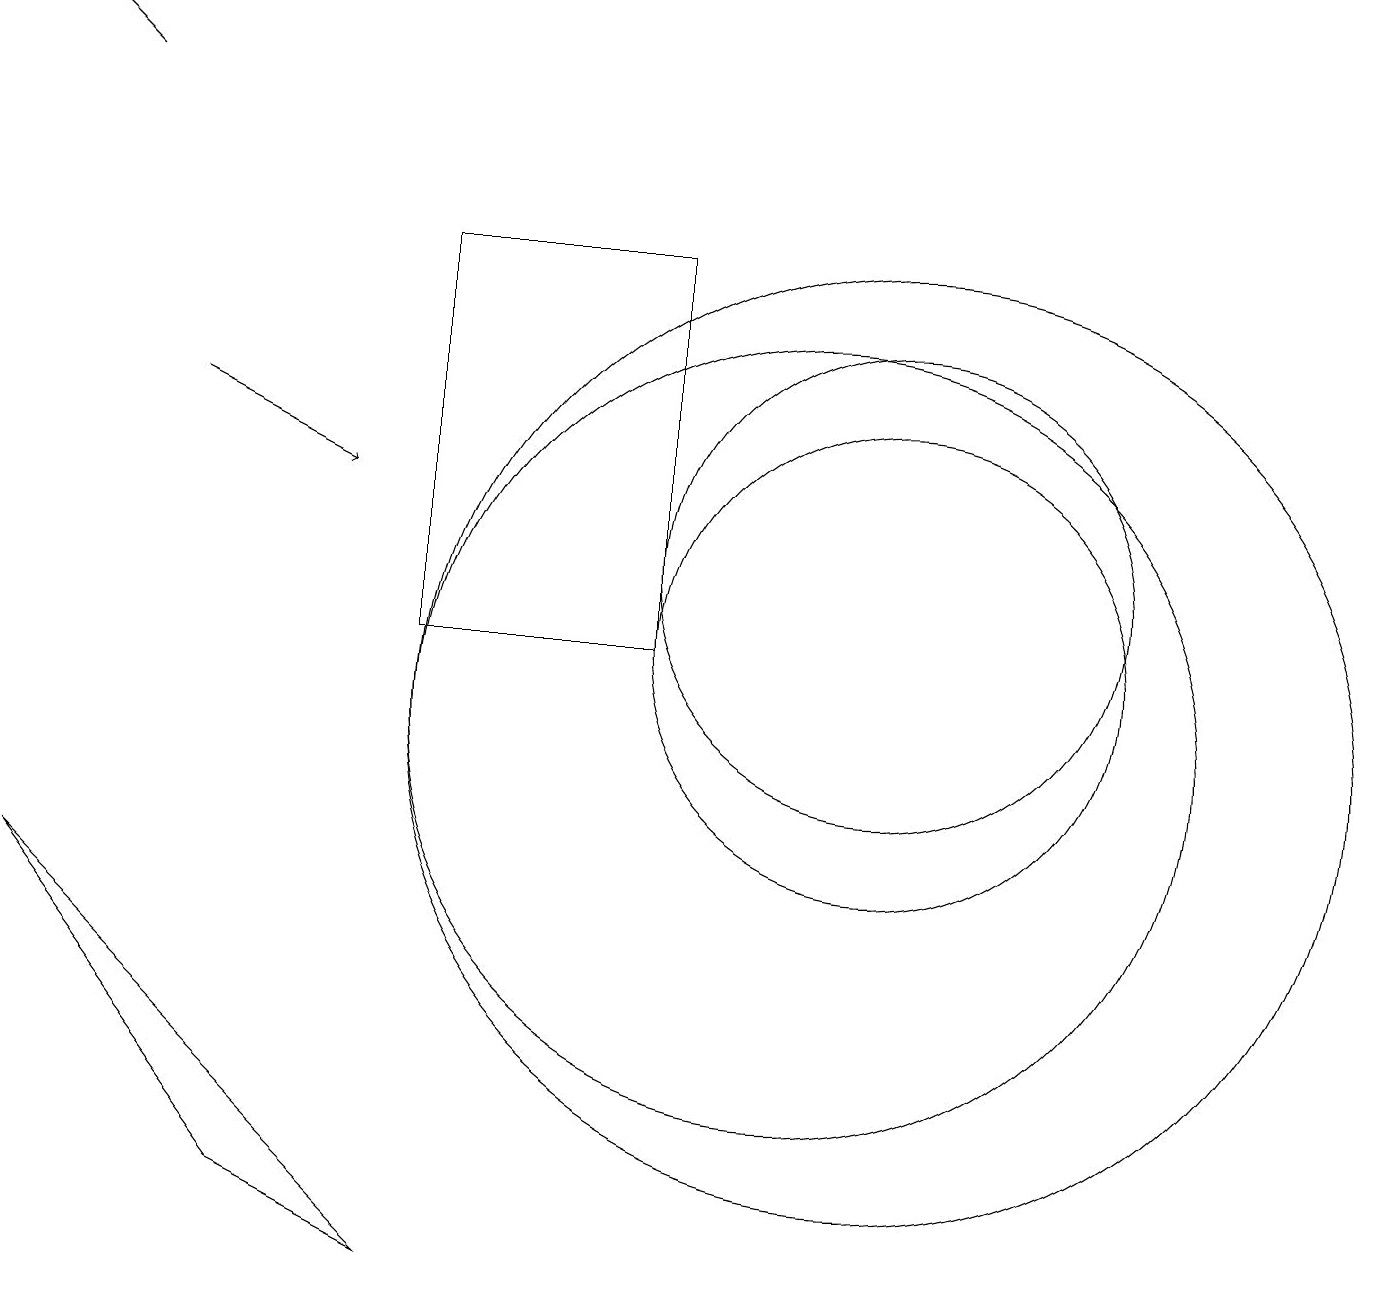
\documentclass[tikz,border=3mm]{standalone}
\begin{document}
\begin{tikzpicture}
\draw (11,10) circle (6);
\draw (10,10) circle (5);
\draw (11,12) circle (3);
\draw (8,16) rectangle (5,11);
\draw (11,11) circle (3);
\draw[->] (1,18) -- (0,19);
\draw[->] (2,14) -- (4,13);
\draw (3,4) -- (5,3) -- (0,8) -- cycle;
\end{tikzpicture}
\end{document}